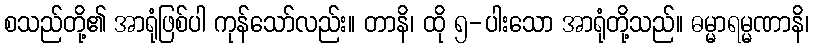
စသည်တို့၏ အာရုံဖြစ်ပါ ကုန်သော်လည်း။ တာနိ၊ ထို ၅-ပါးသော အာရုံတို့သည်။ ဓမ္မာရမ္မဏာနိ၊